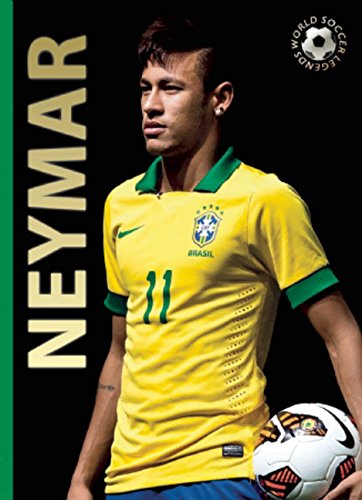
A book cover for Neymar; Illugi JÃ¶kulsson; Children's Books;